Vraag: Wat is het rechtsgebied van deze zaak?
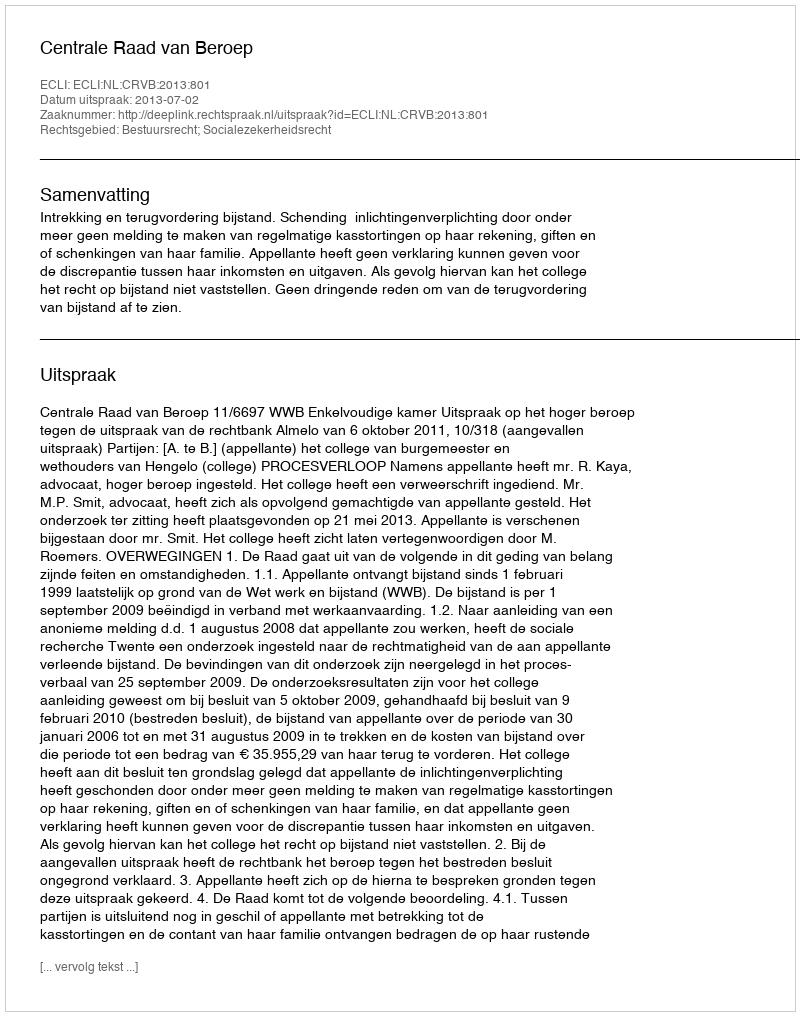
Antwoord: Bestuursrecht; Socialezekerheidsrecht